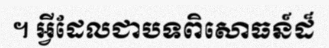
។ អ្វីដែលជាបទពិសោធន៍ដ៏